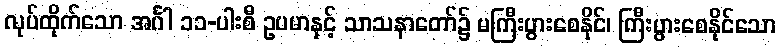
လုပ်ထိုက်သော အင်္ဂါ ၁၁-ပါးစီ ဥပမာနှင့် သာသနာတော်၌ မကြီးပွားစေနိုင်၊ ကြီးပွားစေနိုင်သော